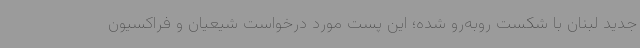
جدید لبنان با شکست روبه‌رو شده؛ این پست مورد درخواست شیعیان و فراکسیون